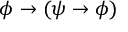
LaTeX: \phi \to ( \psi \to \phi )